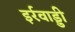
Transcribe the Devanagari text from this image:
इर्रवाड्डी